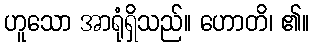
ဟူသော အာရုံရှိသည်။ ဟောတိ၊ ၏။